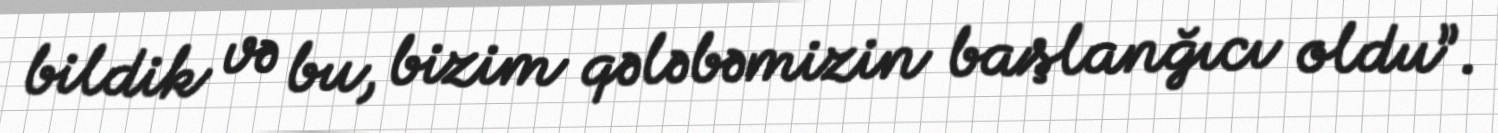
bildik və bu, bizim qələbəmizin başlanğıcı oldu”.